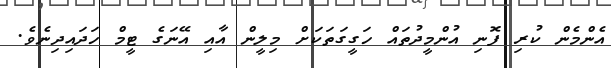
އެންމެން ކުރި ފޮނި އުންމީދުތައް ހަގީގަތަކަށް މިލީން އާއި އޭނަގެ ޓީމް ހަދައިދިނެވެ.